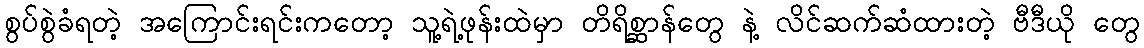
စွပ်စွဲခံရတဲ့ အကြောင်းရင်းကတော့ သူ့ရဲ့ဖုန်းထဲမှာ တိရိစ္ဆာန်တွေ နဲ့ လိင်ဆက်ဆံထားတဲ့ ဗီဒီယို တွေ